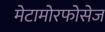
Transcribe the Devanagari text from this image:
मेटामोरफोसेज